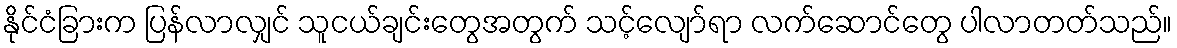
နိုင်ငံခြားက ပြန်လာလျှင် သူငယ်ချင်းတွေအတွက် သင့်လျော်ရာ လက်ဆောင်တွေ ပါလာတတ်သည်။